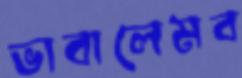
ভাবালেমব